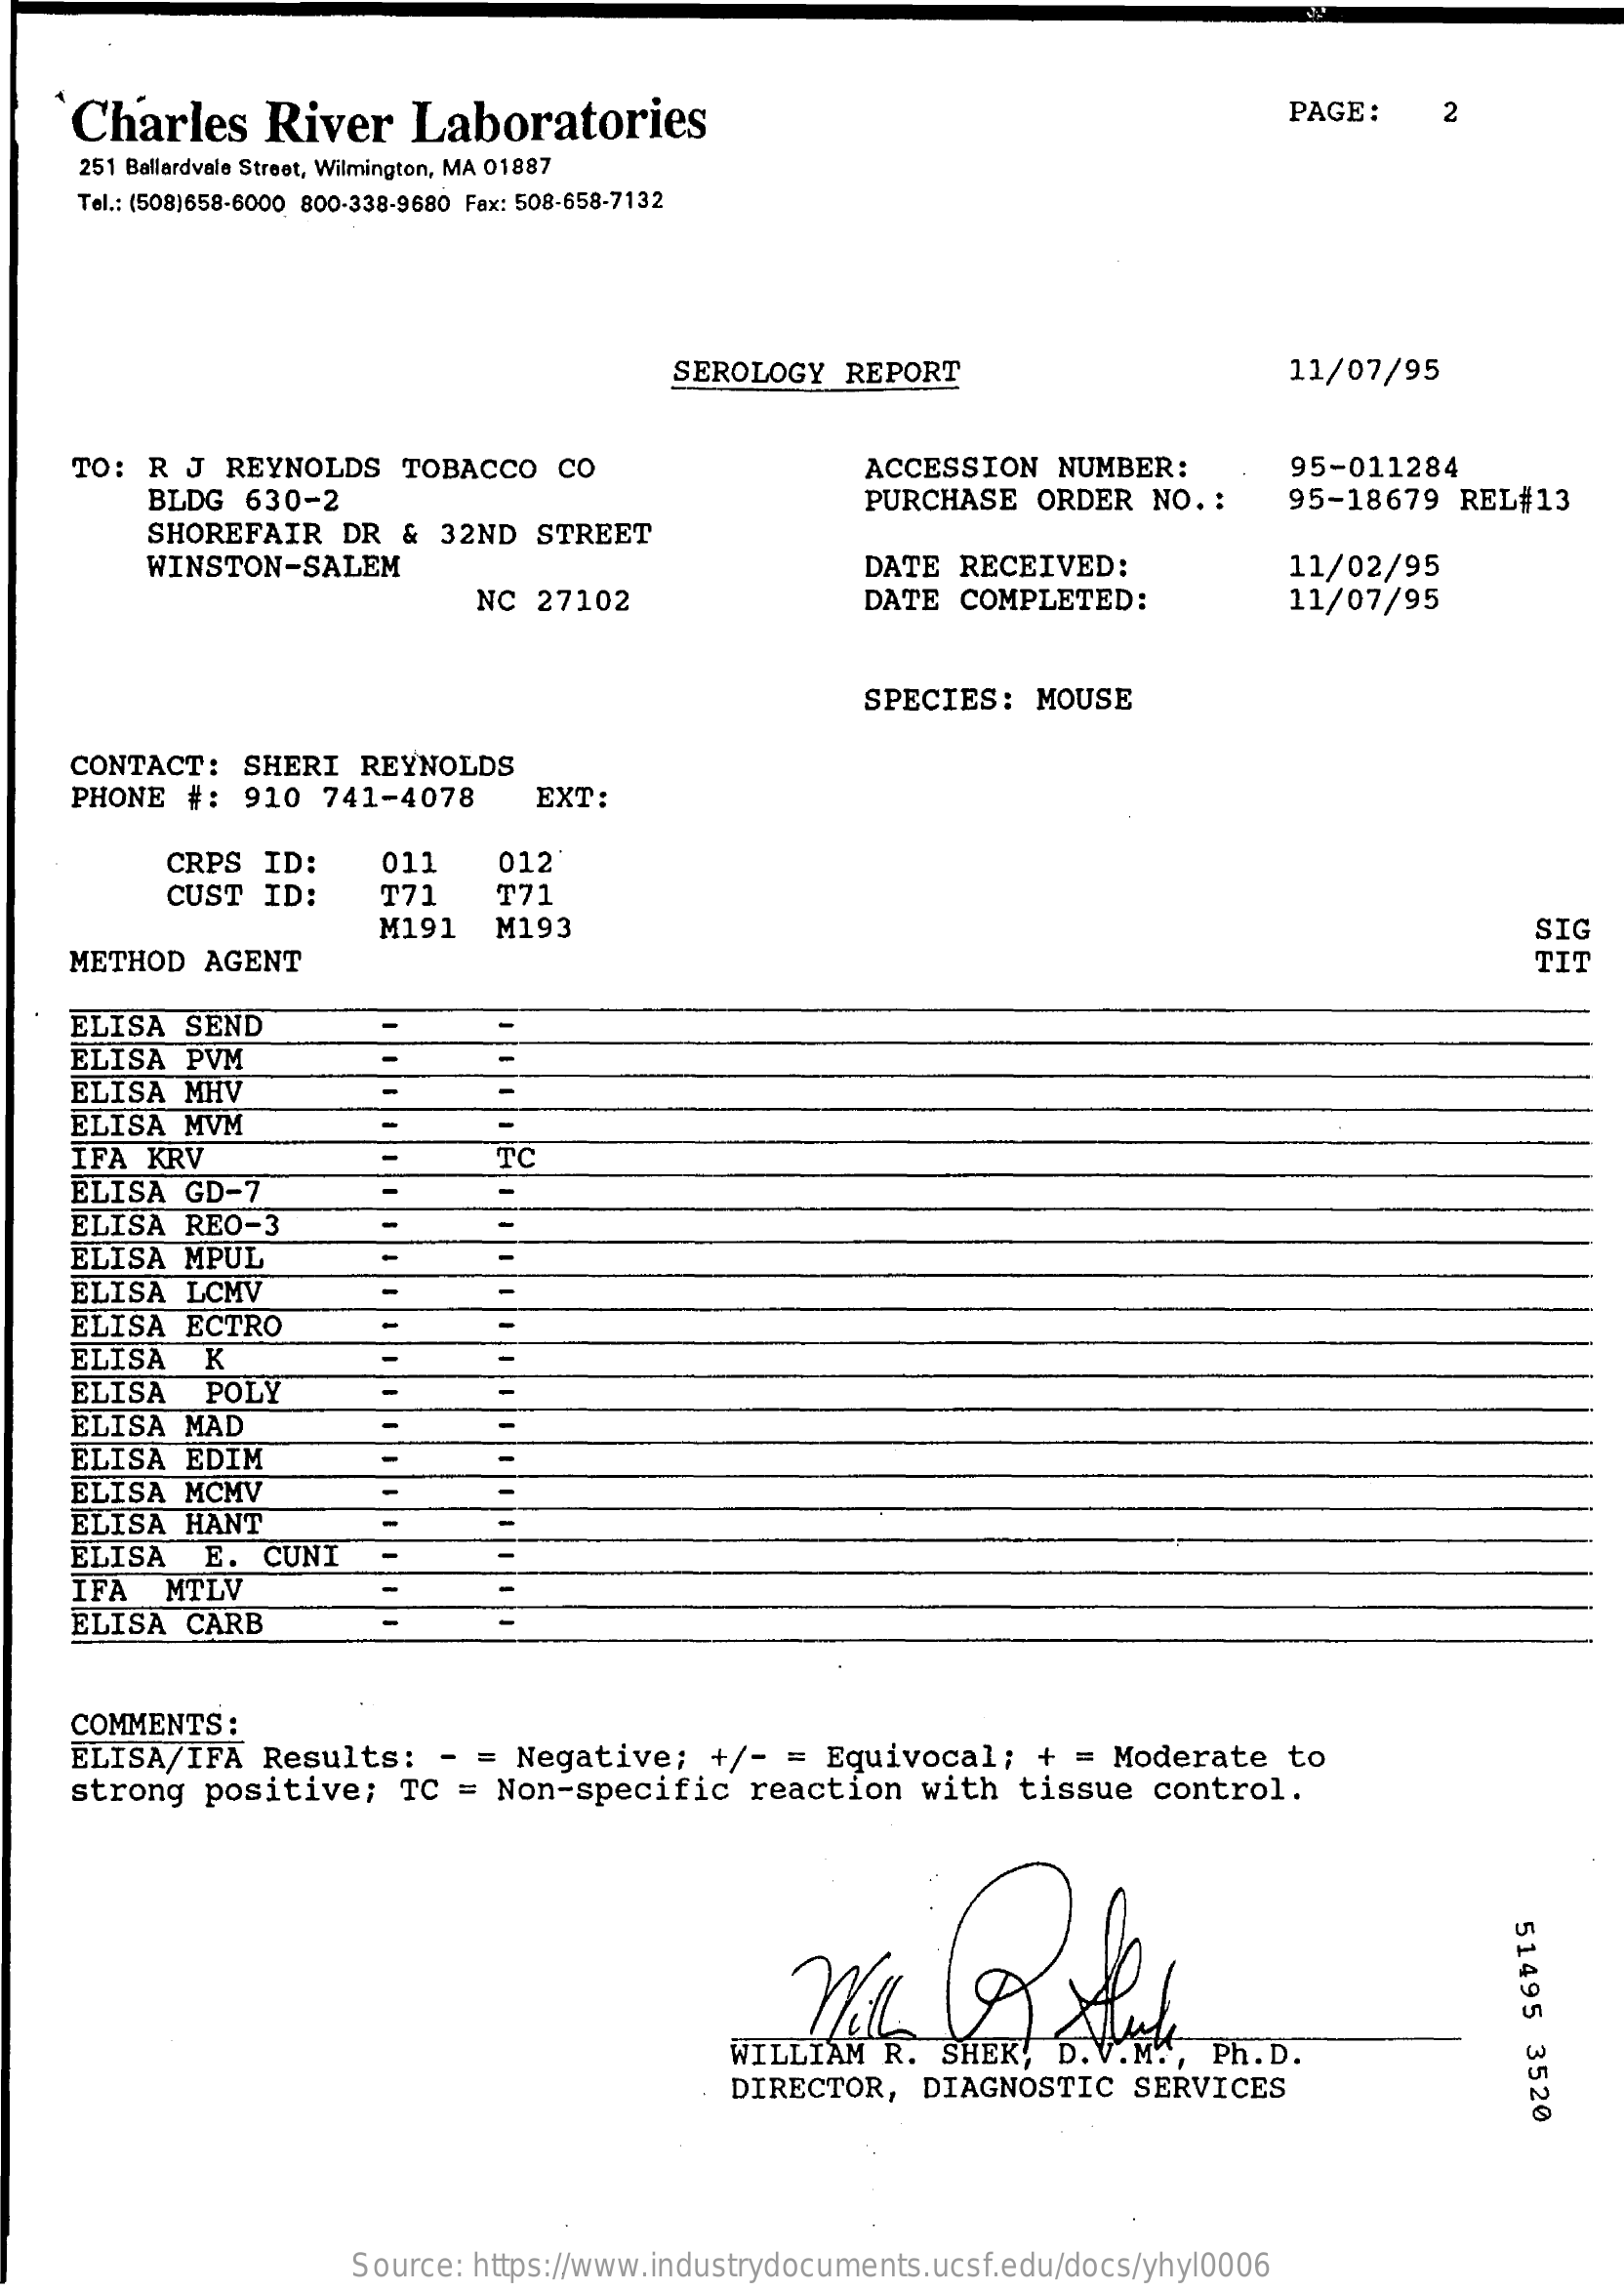
Charles    River    Laboratories    PAGE:    2
     251 Ballardvale Street, Wilmington, MA 01887
     Tel .: (508)658-6000 800-338-9680 Fax: 508-658-7132
     SEROLOGY  REPORT    11/07/95
     TO: R  J  REYNOLDS   TOBACCO   CO    ACCESSION   NUMBER:    95-011284
     BLDG  630-2    PURCHASE   ORDER  NO. :    95-18679   REL#13
     SHOREFAIR   DR  & 32ND  STREET
     WINSTON-SALEM    DATE  RECEIVED:    11/02/95
     NC  27102    DATE  COMPLETED:    11/07/95
     SPECIES:   MOUSE
     CONTACT:   SHERI  REYNOLDS
     PHONE  #:  910  741-4078    EXT:
     CRPS  ID:    011    012
     CUST  ID:    T71    ₸ 71
     M191   M193    SIG
     METHOD  AGENT    TIT
     ELISA  SEND
     ELISA  PVM
     ELISA  MHV
     ELISA  MVM
     IFA  KRV    TC
     ELISA  GD-7
     ELISA  REO-3
     ELISA  MPUL
     ELISA  LCMV
     ELISA  ECTRO
     ELISA   K
     ELISA    POLY
     ELISA  MAD
     ELISA  EDIM
     ELISA  MCMV
     ELISA  HANT
     ELISA   E.  CUNI
     IFA   MTLV
     ELISA  CARB
     COMMENTS  :
     ELISA/IFA   Results:   -  = Negative;    +/-  = Equivocal;    + =  Moderate   to
     strong  positive;    TC =  Non-specific    reaction   with   tissue  control.
     51495
     3520 DIRECTOR, DIAGNOSTIC SERVICES
     Source: https://www.industrydocuments.ucsf.edu/docs/yhyl0006